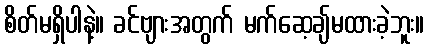
စိတ်မရှိပါနဲ့။ ခင်ဗျားအတွက် မက်ဆေ့ချ်မထားခဲ့ဘူး။